Karu_vallavalitsus_Parnumaal, lk 50
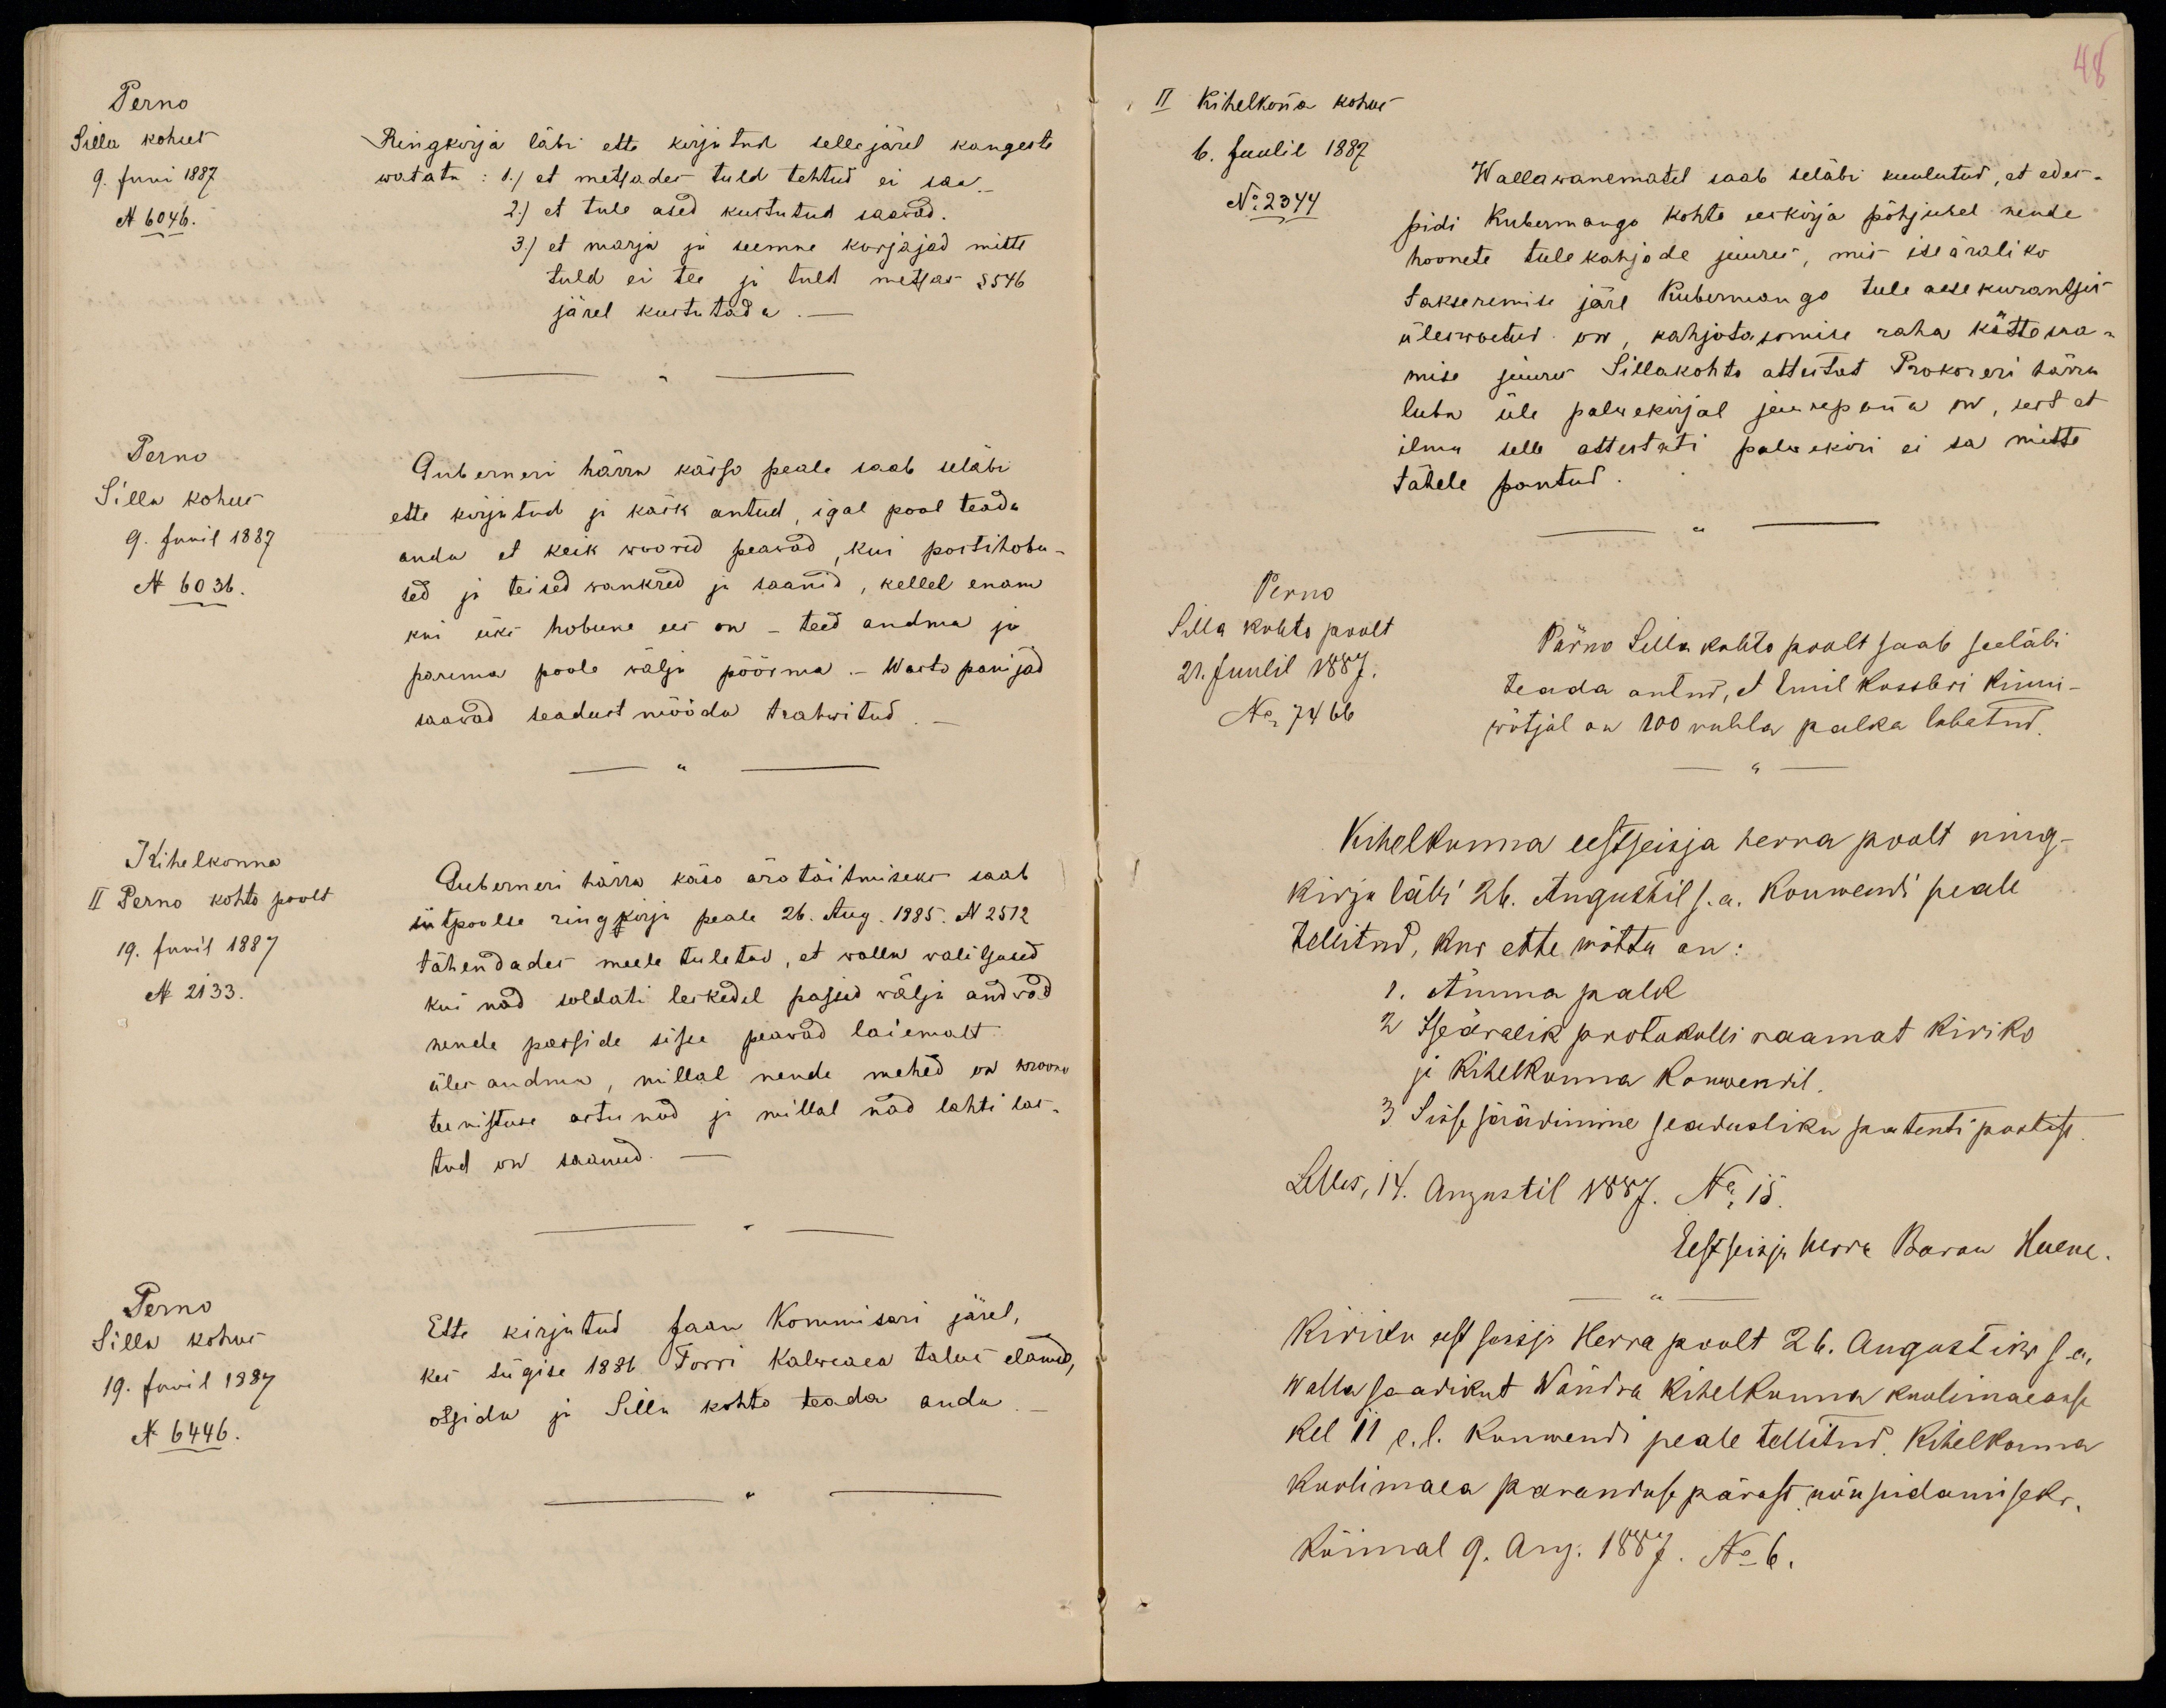
Perno
Silla kohus
9. Juni 1887
N 6046.
Ringkirja läbi ette kirjutud sellejärel kangeste
watata: 1.) et metsades tuld tehtud ei saa.
2.) et tule ased kustutud saawad.
3.) et marja ja seemne korjajad mitte
tuld ei tee ja tuld metsas § 546
järel kustutada.-
Perno
Silla kohus
9. Junil 1887
N 6036.
Guberneri härra kässo peale saab seläbi
ette kirjutud ja käsk antud, igal pool teada
anda et keik woorid peawad, kui postihobu-
sed ja teised wankred ja saanid, kellel enam
kui üks hobune ees on - teed andma ja
parema poole wälja pöörma.- Wasta panijad
saawad seadust mööda trahwitud.-
Kihelkonna
II Perno kohto poolt
19. Junil 1887
N 2133.
Guberneri härra käso ära täitmiseks saab
siitpoolse ringkirja peale 26. Aug. 1885. N 2572
tähendades meele tuletud, et valla valitsused
kui nad soldati leskedel passid välja andvad
nende passide sisu peavad laiemalt
üles andma, millal nende mehed on kroonu
teenistuse astunud ja millal nad lahti las-
tud on saanud.
Perno
Silla kohus
19. Junil 1887
N 6446.
Ette kirjutud Jaan Kommisari järel,
kes sügise 1886. Torri Kalweaea talus elanud,
otsida ja Silla kohto teada anda.-

48
II Kihelkonna kohus
6. Juulil 1887
No 2344
Wallawanematel saab seläbi kuulutud, et edes-
pidi Kubermango kohto eeskirja põhjusel nende
hoonete tulekahjode juures, mis iseäraliko
takseremise järe Kubermango tule asse kurantsis
üleswoetud on, kahjotasomise raha kättesaa-
mise juures Sillakohto attestat Prokoreri härra
luba üle palwekirjal juurepanna on, sest et
ilma selle attestati palvekiri ei sa mitte
tähele pantud.
Perno
Silla kohto poolt
21. Juulil 1887.
No 7466
Pärno Silla kohto poolt saab seeläbi
teada antud, et Emil Kossbri kinni-
wõtjal on 100 rubla palka lubatud.
Kihelkonna eestseisja herra poolt ring-
kirja läbi 26. Augustil s.a. konwendi peale
tellitud, kus ette wõtta on:
1.  Ämma palk
2 Iseäralik protokolli raamat kiriko
ja kihelkonna konwendil.
3 Sisse säädimine seadusliku patenti poolist
Lelles, 14. Augustil 1887. No 15.
Eestseisja herra Baron Huene.
Kiriku eest seisja Herra poolt 26. Augustiks s.a.
walla saadikut Wändra kihelkonna koolimaeasse
kel 11 e. l. konwendi peale tellitud kihelkonna
koolimaea paranduse pärast nõupidamiseks.
Kõimal 9. Aug. 1887. No 6.